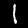
Digit: 1